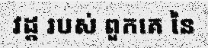
វដ្ត របស់ ពួកគេ នៃ